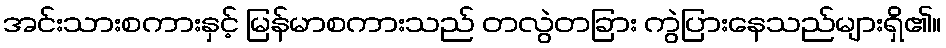
အင်းသားစကားနှင့် မြန်မာစကားသည် တလွဲတခြား ကွဲပြားနေသည်များရှိ၏။